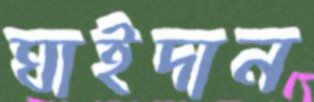
ঘাইদান